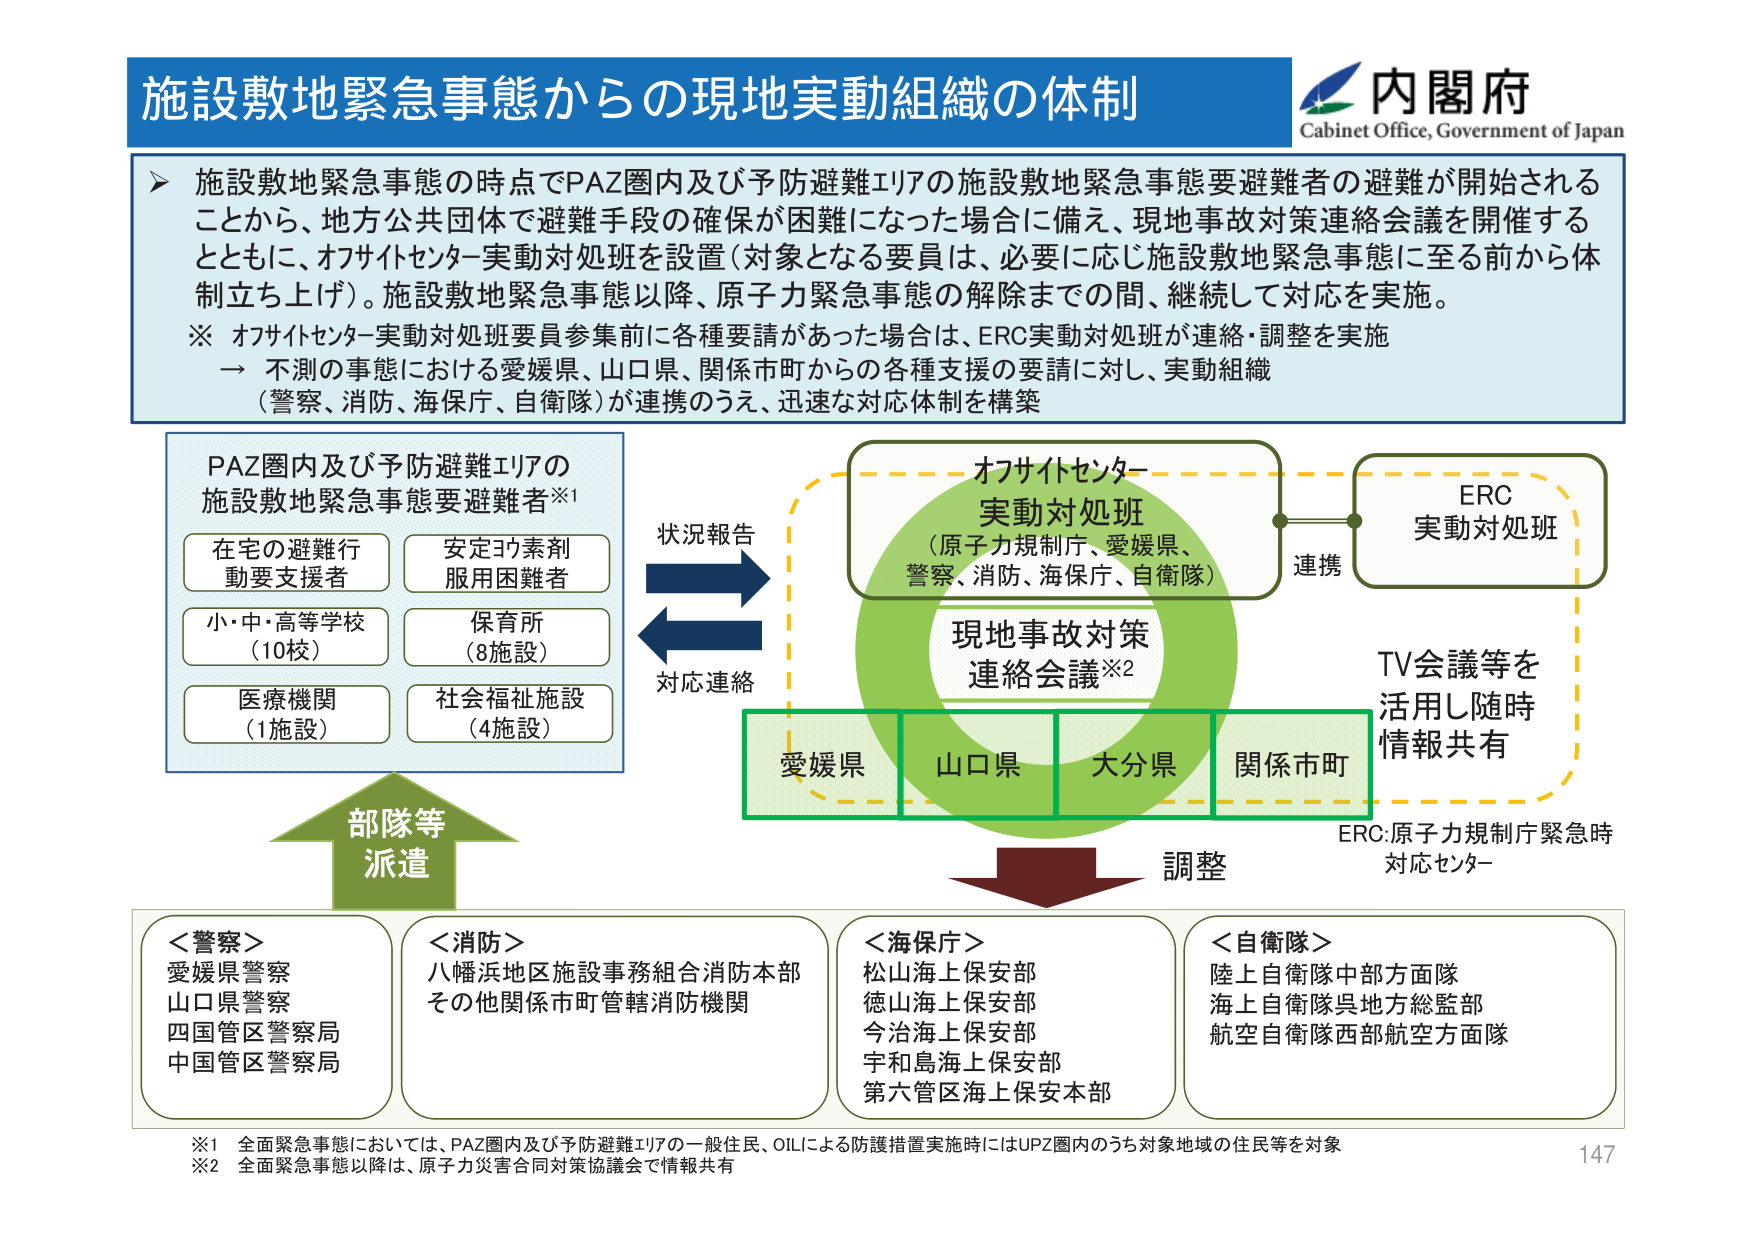
施設敷地緊急事態からの現地実動組織の体制
内閣府
Cabinet Office, Government of Japan
施設敷地緊急事態の時点でPAZ圏内及び予防避難エリアの施設敷地緊急事態要避難者の避難が開始されることから、地方公共団体で避難手段の確保が困難になった場合に備え、現地事故対策連絡会議を開催するとともに、オフサイトセンター実動対処班を設置（対象となる要員は、必要に応じ施設敷地緊急事態に至る前から体制立ち上げ）。施設敷地緊急事態以降、原子力緊急事態の解除までの間、継続して対応を実施。
※ オフサイトセンター実動対処班要員参集前に各種要請があった場合は、ERC実動対処班が連絡・調整を実施
→ 不測の事態における愛媛県、山口県、関係市町からの各種支援の要請に対し、実動組織（警察、消防、海保庁、自衛隊）が連携のうえ、迅速な対応体制を構築
PAZ圏内及び予防避難エリアの
施設敷地緊急事態要避難者※1
在宅の避難行動要支援者
安定ヨウ素剤服用困難者
小・中・高等学校（10校）
保育所（8施設）
医療機関（1施設）
社会福祉施設（4施設）
状況報告
対応連絡
オフサイトセンター
実動対処班
（原子力規制庁、愛媛県、
警察、消防、海保庁、自衛隊）
ERC
実動対処班
連携
現地事故対策
連絡会議※2
愛媛県
山口県
大分県
関係市町
TV会議等を
活用し随時
情報共有
ERC:原子力規制庁緊急時
対応センター
調整
部隊等
派遣
＜警察＞
愛媛県警察
山口県警察
四国管区警察局
中国管区警察局
＜消防＞
八幡浜地区施設事務組合消防本部
その他関係市町管轄消防機関
＜海保庁＞
松山海上保安部
徳山海上保安部
今治海上保安部
宇和島海上保安部
第六管区海上保安本部
＜自衛隊＞
陸上自衛隊中部方面隊
海上自衛隊呉地方総監部
航空自衛隊西部航空方面隊
※1 全面緊急事態においては、PAZ圏内及び予防避難エリアの一般住民、OILによる防護措置実施時にはUPZ圏内のうち対象地域の住民等を対象
※2 全面緊急事態以降は、原子力災害合同対策協議会で情報共有
147